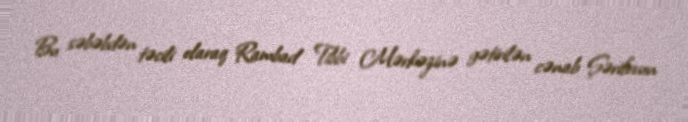
Bu səbəbdən təcili olaraq Rambad Tibbi Mərkəzinə gətirilən cənab Şərifovun